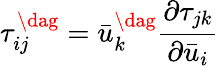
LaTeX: \tau_{ij}^{\dag}=\bar{u}_{k}^{\dag}\frac{{\partial{\tau_{jk}}}}{{\partial{{\bar{u}}_{i}}}}